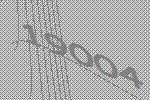
19004